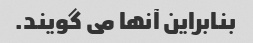
بنابراین آنها می گویند.